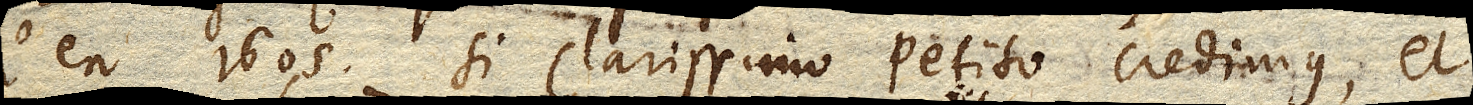
l’an 1605, si clarissimo Petito credimus, et